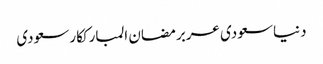
دنیاسعودی عربرمضان المبارککارسعودی